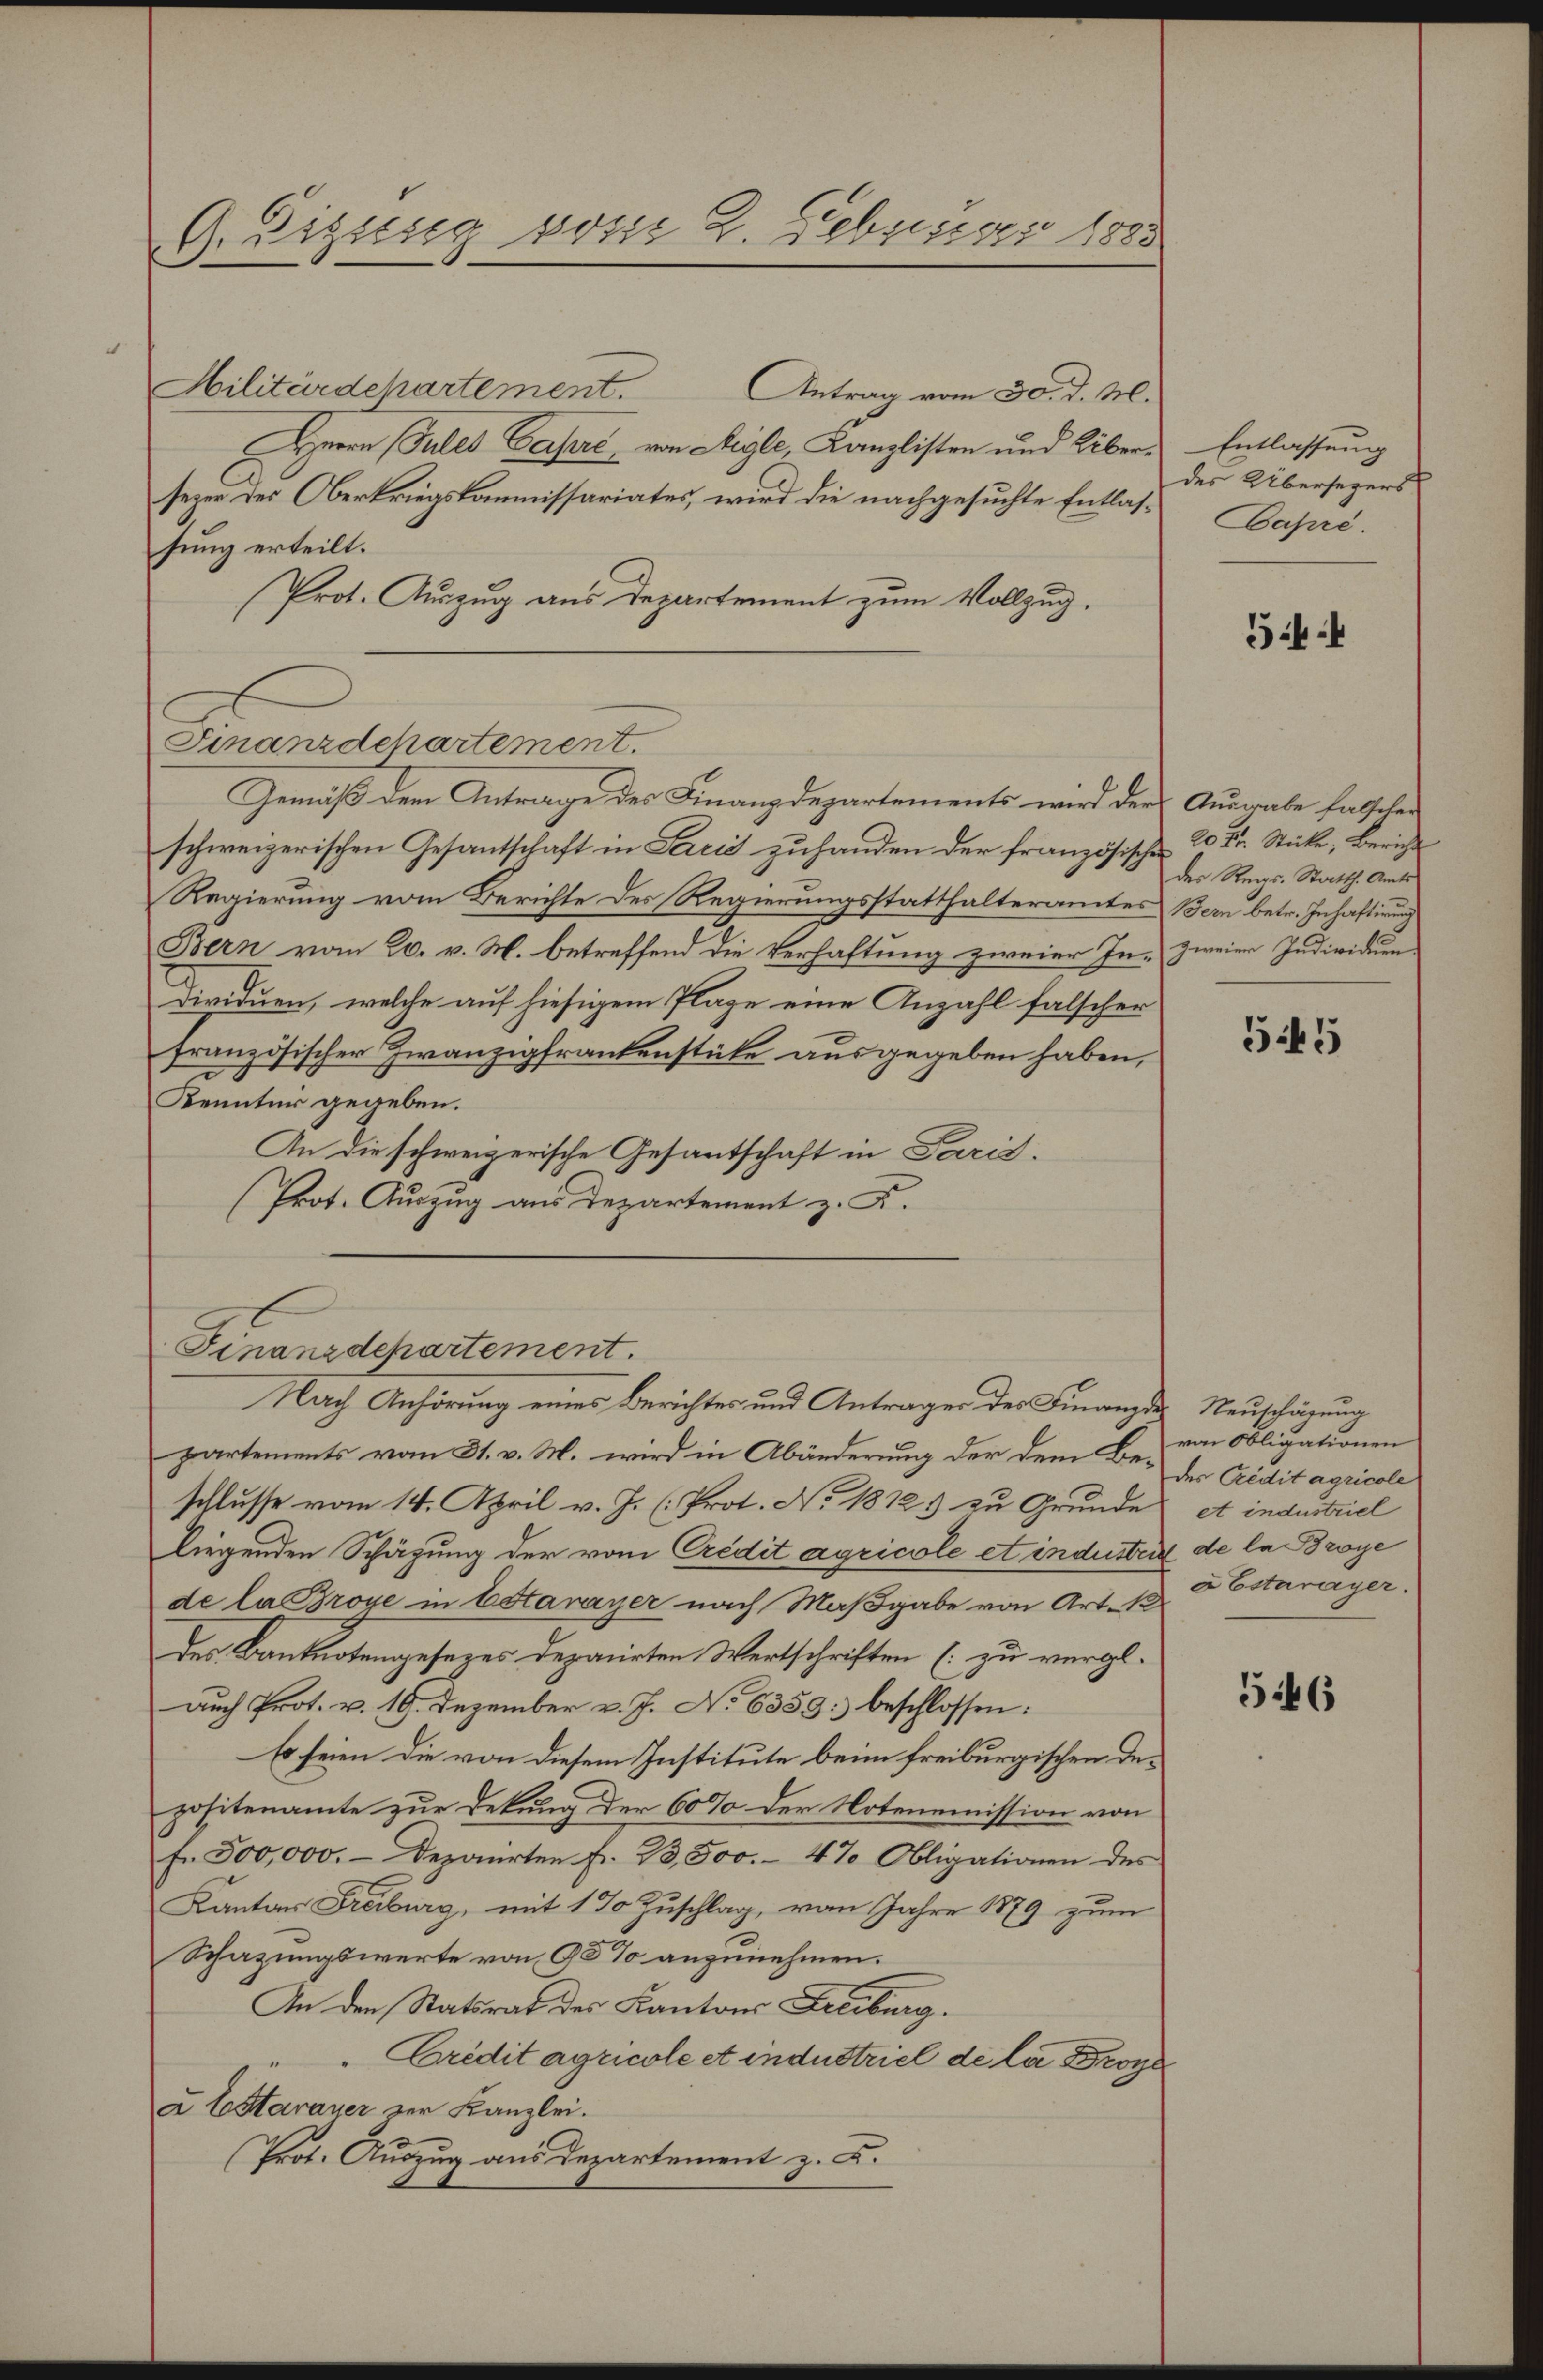
G. Eizung vom 2. Februar 1885

Militärdehartement.
Antrag vom 30. d. M.
Herrn Juled Casere von Aigle, Kanzlisten und Übersezen des Oberkriegskommissariates, wird die nachgesuchte Entlassung erteilt.
Prot. Auszug aus Departement zum Vollzug.
Gemäß dem Antrage des Finanzdepartements wird der Ausgabe falschen
schweizerischen Gesantschaft in Paris zuhanden der französische 20 Fr. Sticke, Bericht
Regierung vom Berichte des Regierungsstatthalteramtes Bern betr. Inhaftirung
Bern vom 20. v. M. betreffend die Verhaftung zweier In- zweier Individuen
Dividuen, welche auf hiesigem Plage eine Anzahl falscher
französischer Zwanzigfrankenstüke ausgegeben haben,
Kenntur gegeben.
An die schweizerische Gesantschaft in Paris.
Prot. Auszug aus Departement z. K.
Finanzdepartement.
Nach Anhörung eines Berichtes und Antrages des Finanzde Neuschägung
partements vom 31. v. M. wird in Abänderung der dem Beschlusse vom 14. April v. J. (Prot. No. 1812.) zu Grunde et industriel
liegenden Schägung der vom Credit agricole et induster de la Broye
de la Broye in Estavayer nach Maßgabe von Art. 1
des Banknotengesezes deponirten Wertschriften (zu vergl.
auch Prot. v. 19. Dezember v. J. No 6359. beschlossen:
Es seien die von diesem Institute beim freiburgischen Depositenamte zur Dekung der 60% der Notenemission von
Fr. 500,000.- deponirten fr. 23,500.- 4% Obligationen des
Kantons Freiburg, mit 1 % Zuschlag, von Jahre 1879 zum
Schazungswerte von 90% anzunehmen.
An den Statsrat des Kantons Freiburg.
Crédit agricole et industriel de la Broye
a Estarauer zur Kanzlei.
Prot. Auszug aus Departement z. B.

Finanzdepartement.

Entlassung
des Übersezers
Capré.

544

des Regs-Statth. Amts

545

von Obligationen
des Credit agricole
abstarayer.

546